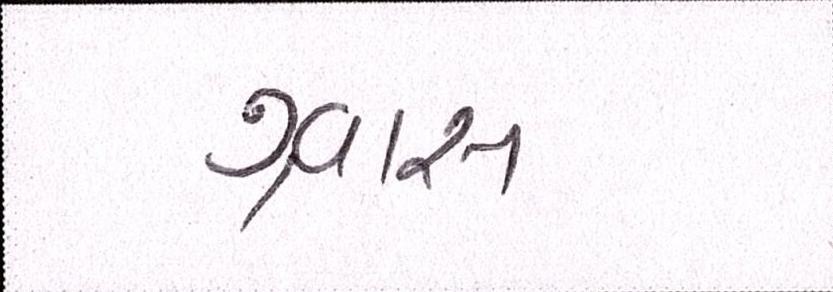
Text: શ્ર્વાસ